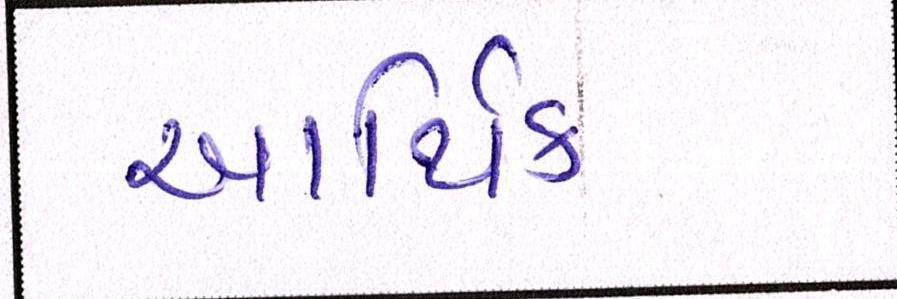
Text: આર્થિક